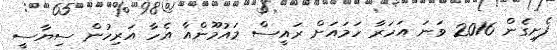
ފެށިގެން 2016 ވަނަ އަހަރާ ހަމައަށް ރައީސް މައުމޫންއާ އެހާ އަރިހުން ސިޔާސީ